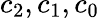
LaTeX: c_{2},c_{1},c_{0}